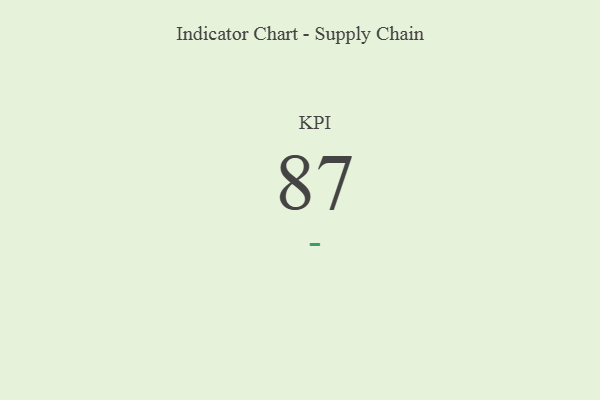
{"axis": {"x": "KPI", "y": "Value"}, "legend": [""], "data": [{"x": "KPI", "y": 87, "type": ""}]}